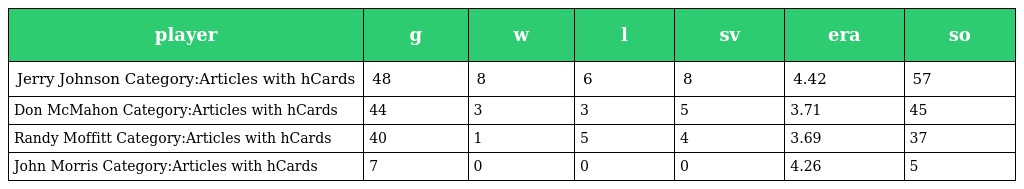
| player | g | w | l | sv | era | so |
 | --- | --- | --- | --- | --- | --- | --- |
 | Jerry Johnson Category:Articles with hCards | 48 | 8 | 6 | 8 | 4.42 | 57 |
 | Don McMahon Category:Articles with hCards | 44 | 3 | 3 | 5 | 3.71 | 45 |
 | Randy Moffitt Category:Articles with hCards | 40 | 1 | 5 | 4 | 3.69 | 37 |
 | John Morris Category:Articles with hCards | 7 | 0 | 0 | 0 | 4.26 | 5 |